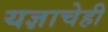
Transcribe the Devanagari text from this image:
यज्ञाचेही